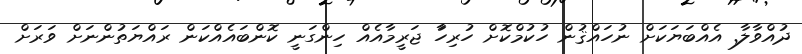
ދުއްވާލާ